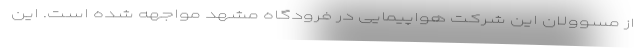
از مسوولان این شرکت هواپیمایی در فرودگاه مشهد مواجهه شده است. این